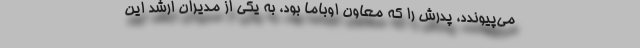
می‌پیوندد، پدرش را که معاون اوباما بود، به یکی از مدیران ارشد این